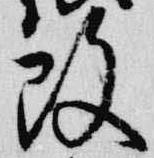
改